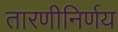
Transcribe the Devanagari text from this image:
तारणीनिर्णय